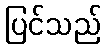
ပြင်သည်